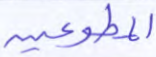
المطوعين